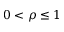
0 < \rho \leq 1